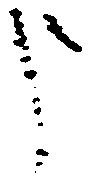
申